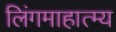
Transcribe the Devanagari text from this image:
लिंगमाहात्म्य